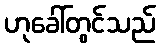
ဟုခေါ်တွင်သည်